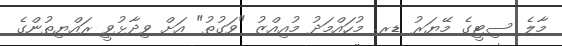
މާލެ ސިޓީގެ މޭޔަރު ޑރ. މުހައްމަދު މުއިއްޒު "ވަގުތު" އަށް ވިދާޅުވީ ރައްޔިތުންގެ